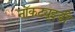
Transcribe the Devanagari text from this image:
नॉकट्यूइडी